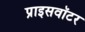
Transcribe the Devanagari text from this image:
प्राइसवॉटर